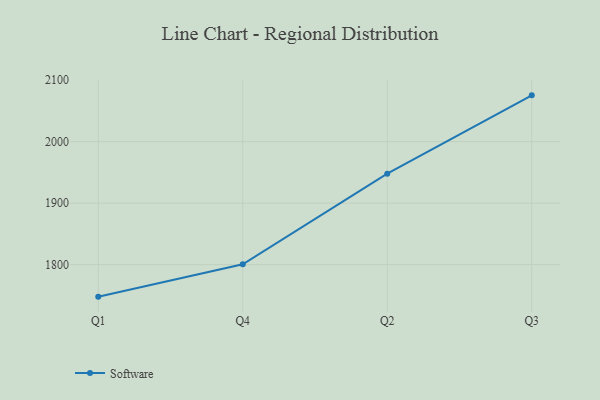
{"axis": {"x": "Quarter", "y": "Market Share (%)"}, "legend": ["Software"], "data": [{"x": "Q1", "y": 1748.0, "type": "Software"}, {"x": "Q4", "y": 1800.6, "type": "Software"}, {"x": "Q2", "y": 1947.9, "type": "Software"}, {"x": "Q3", "y": 2075.3, "type": "Software"}]}